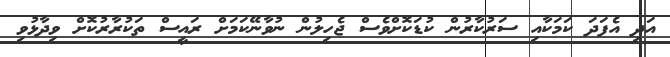
އަދި އެފަދަ ކަމަކާއި ސަރުކާރުން ކުޑަކޮށްވެސް ޖެހިލުން ނުވާނޭކަމަށް ރައީސް ތަކުރާރުކޮށް ވިދާޅުވި